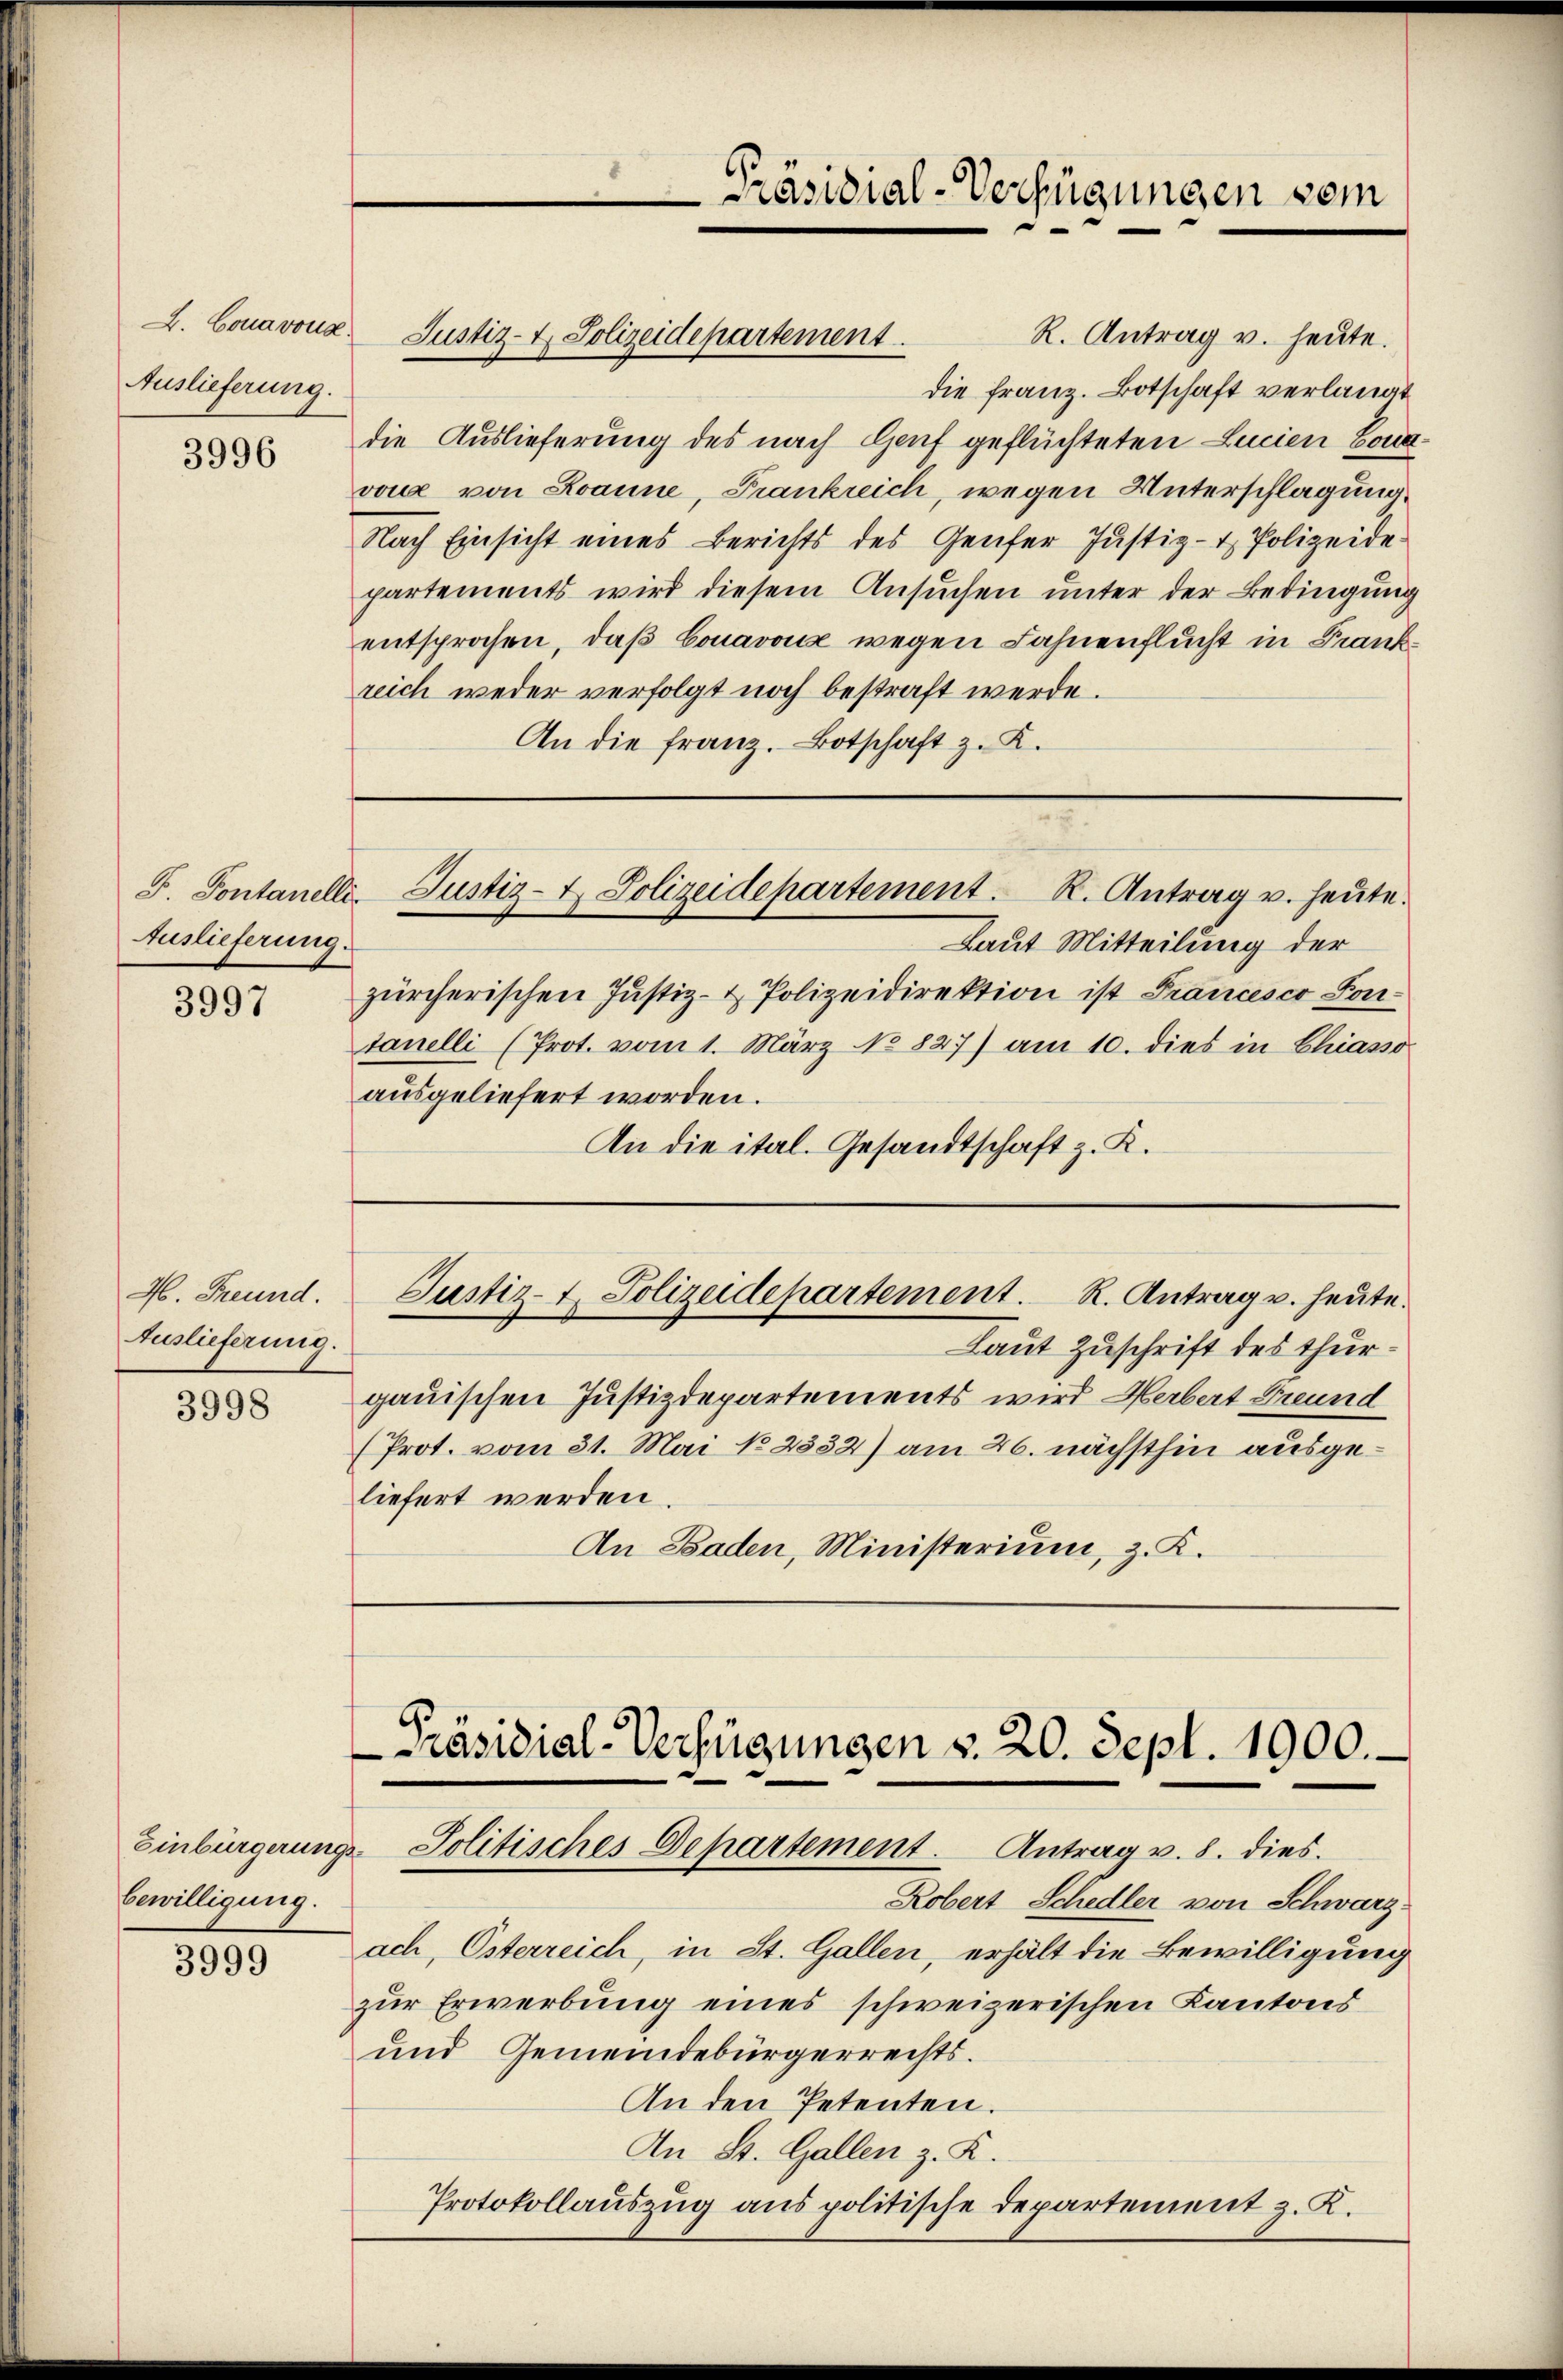
Auslieferung.

3996

Auslieferung.

3997

A. Freund.
Auslieferung.

3998

Bewilligung.

3999

L. Conavoua Justiz- & Polizeidepartement
R. Antrag v. heute.
die Franz. Botschaft verlangt
die Auslieferung des nach Genf geflüchteten Lucien Bonavone von Zaune, Frankreich wegen Unterschlagung.
Nach Einsicht eines Berichts des Genfer Justiz- & Polizeide
partements wird diesem Ansuchen unter der Bedingung
entsprochen, daß Conavouz wegen Fahnenflucht in Frankreich weder verfolgt noch bestraft werde.
An die franz. Botschaft z. K.

F. Pontanelle, Justiz- u. Polizeidepartement. K. Antrag u. heŭte.

Präsidial-Verfügungen vom

Laut Mitteilung der
zürcherischen Justiz- & Polizeidirektion ist Francesco Contanelli (Prot. vom 1. März NNo827) am 10. dies in Chiasso
ausgeliefert worden.
An die ital. Gesandtschaft z. K.

Justiz- t. Polizeidepartement. R. Antrag u. heute.

Laut Zuschrift des Thurgauischen Justizdepartements wird Herbert Freund
(Prot. vom 31. Mai No 2332) am 26. nächsthin ausgeliefert werden.
An Baden, Ministerium, z. K.

Präsidial-Verfügungen v. 20. Sept. 1900.
Einbürgerungs- Politisches Departement. Antrag v. 8. dies

Robert Schedler von Schwarz
ach, Osterreich, in St. Gallen, erhält die Bewilligung
zur Erwerbung eines schweizerischen Kantons
und Gemeindebürgerrechts¬
An den Petenten.
An St. Gallen z. K.
Protokollauszug aus politische Departement z. K.